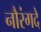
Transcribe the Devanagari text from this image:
नौरंगदे